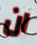
ان